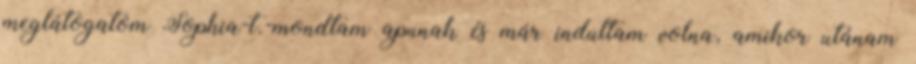
meglátogatom Sophia-t.-mondtam apunak és már indultam volna, amikor utánam